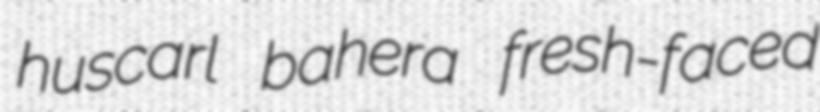
huscarl bahera fresh-faced